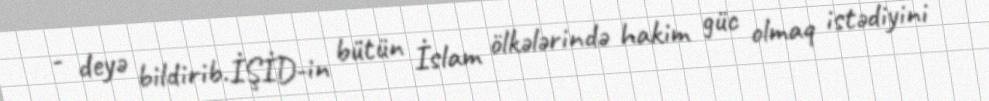
- deyə bildirib.İŞİD-in bütün İslam ölkələrində hakim güc olmaq istədiyini